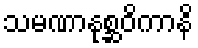
သမဏာနုစ္ဆဝိကာနိ